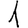
Digit: 1